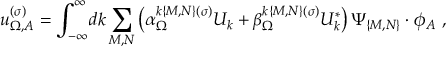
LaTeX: u _ { \Omega , A } ^ { ( \sigma ) } = \int _ { - \infty } ^ { \infty } \! d k \sum _ { M , N } \left( \alpha _ { \Omega } ^ { k \{ M , N \} ( \sigma ) } U _ { k } + \beta _ { \Omega } ^ { k \{ M , N \} ( \sigma ) } U _ { k } ^ { * } \right) \Psi _ { \{ M , N \} } \cdot \phi _ { A } \ ,